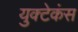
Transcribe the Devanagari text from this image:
युक्टेकंस